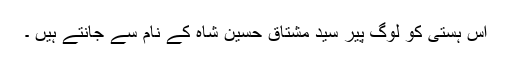
اس ہستی کو لوگ پیر سید مشتاق حسین شاہ کے نام سے جانتے ہیں ۔